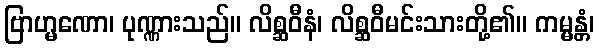
ဗြာဟ္မဏော၊ ပုဏ္ဏားသည်။ လိစ္ဆဝီနံ၊ လိစ္ဆဝီမင်းသားတို့၏။ ကမ္မန္တံ၊